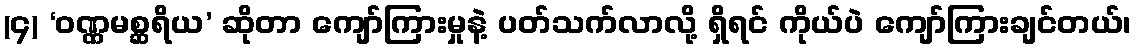
(၄) ‘ဝဏ္ဏမစ္ဆရိယ’ ဆိုတာ ကျော်ကြားမှုနဲ့ ပတ်သက်လာလို့ ရှိရင် ကိုယ်ပဲ ကျော်ကြားချင်တယ်၊